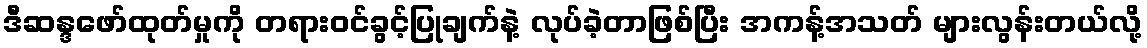
ဒီဆန္ဒဖော်ထုတ်မှုကို တရားဝင်ခွင့်ပြုချက်နဲ့ လုပ်ခဲ့တာဖြစ်ပြီး အကန့်အသတ် များလွန်းတယ်လို့